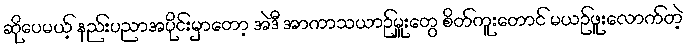
ဆိုပေမယ့် နည်းပညာအပိုင်းမှာတော့ အဲဒီ အာကာသယာဉ်မှူးတွေ စိတ်ကူးတောင် မယဉ်ဖူးလောက်တဲ့